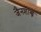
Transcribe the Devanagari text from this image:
जैनशास्त्रे